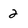
Character: 2